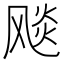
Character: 𩙪